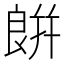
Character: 𦫏